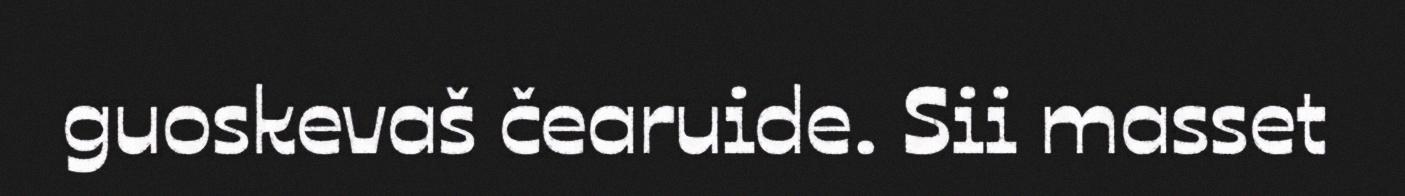
guoskevaš čearuide. Sii masset